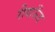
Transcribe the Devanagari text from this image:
रीबाऊँड